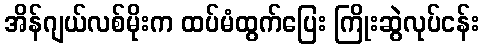
အိန်ဂျယ်လစ်မိုးက ထပ်မံထွက်ပြေး ကြိုးဆွဲလုပ်ငန်း